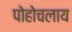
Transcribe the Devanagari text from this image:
पोहोचलाय